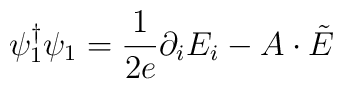
\psi^\dagger_1\psi_1=\frac{1}{2e}\partial_i E_i-A\cdot\tilde E